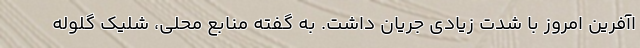
اآفرین امروز با شدت زیادی جریان داشت. به گفته منابع محلی، شلیک گلوله